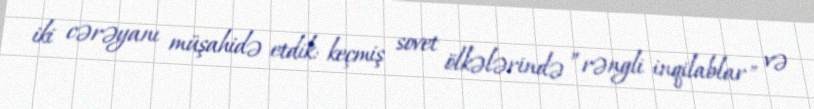
iki cərəyanı müşahidə etdik: keçmiş sovet ölkələrində ”rəngli inqilablar" və